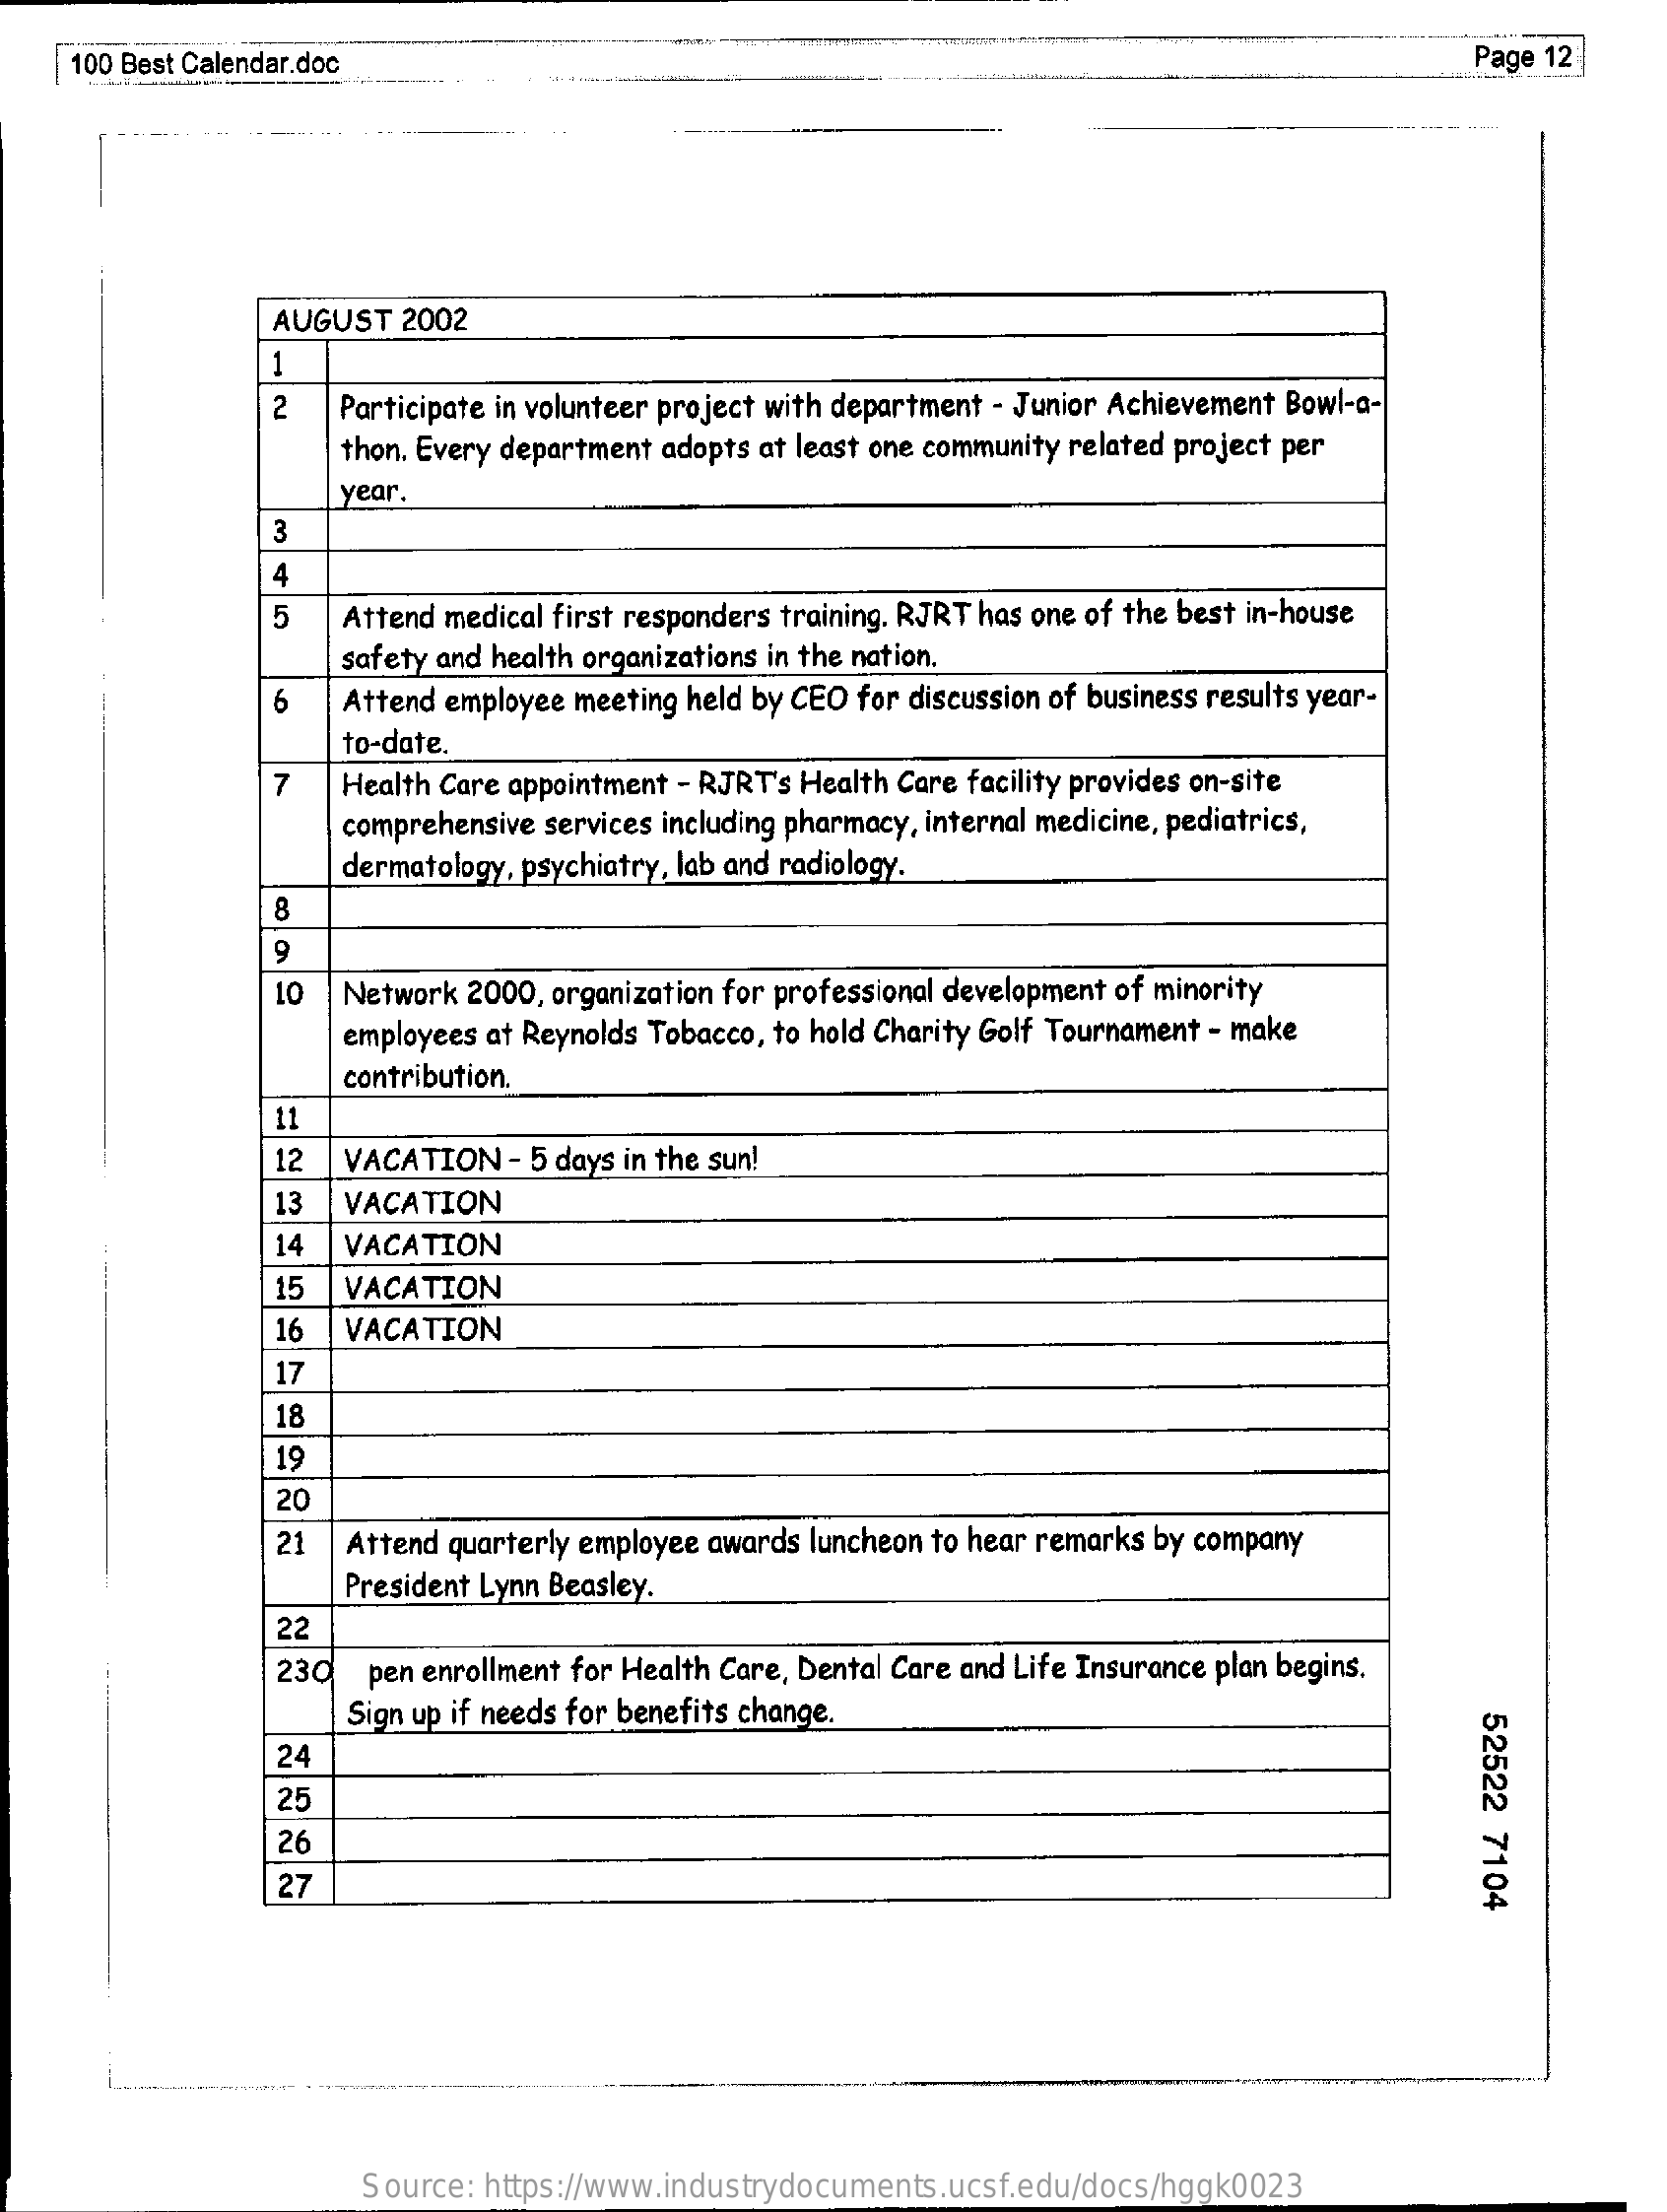
100 Best Calendar.doc    Page 12
     AUGUST  2002
     1
     2   Participate in volunteer project with department - Junior Achievement Bowl-a-
     thon. Every department adopts at least one community related project per
     year
     3
     4
     5   Attend medical first responders training. RJRT has one of the best in-house
     safety and health organizations in the nation.
     6   Attend employee meeting held by CEO for discussion of business results year-
     to-date.
     7   Health Care appointment - RJRT's Health Care facility provides on-site
     comprehensive services including pharmacy, internal medicine, pediatrics,
     dermatology, psychiatry, lab and radiology.
     CO
     9
     10  Network 2000, organization for professional development of minority
     employees at Reynolds Tobacco, to hold Charity Golf Tournament - make
     contribution.
     11
     12  VACATION   - 5 days in the sun!
     13  VACATION
     14  VACATION
     15  VACATION
     16  VACATION
     17
     18
     19
     20
     21  Attend quarterly employee awards luncheon to hear remarks by company
     President Lynn Beasley.
     22
     230   pen enrollment for Health Care, Dental Care and Life Insurance plan begins.
     Sign up if needs for benefits change.
     52522
     7104
     24
     25
     26
     27
     Source: https://www.industrydocuments.ucsf.edu/docs/hggk0023